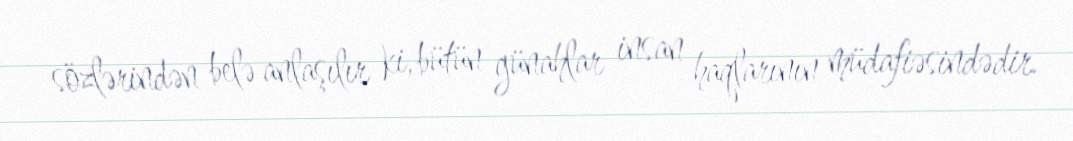
sözlərindən belə anlaşılır ki, bütün günahlar insan haqlarının müdafiəsindədir.